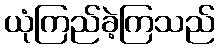
ယုံကြည်ခဲ့ကြသည်